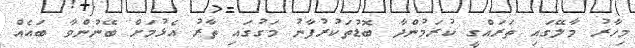
މިހާރު މާލޭގައި ތަރައްގީ ކުރަމުންދާ ބޮޑުތަކުރުފާނު މަގުގައި ތާރު އެޅުމަށް ބޭނުންވާ ބައެއް